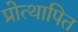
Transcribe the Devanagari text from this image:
प्रोत्थापित